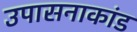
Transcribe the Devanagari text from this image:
उपासनाकांड